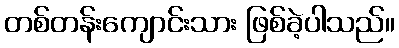
တစ်တန်းကျောင်းသား ဖြစ်ခဲ့ပါသည်။